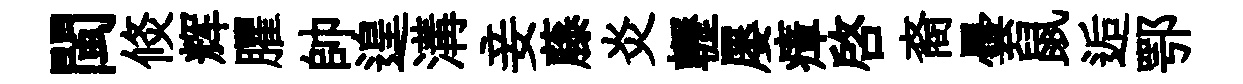
閩倐辉臞帥遑溝妾藤炎轣屡瘴啓裔曇鼠逅鄂